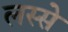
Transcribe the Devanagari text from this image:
लस्से